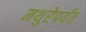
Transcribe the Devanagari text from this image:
मथुरेपर्यंत